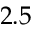
2 . 5